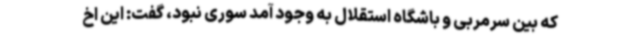
که بین سرمربی و باشگاه استقلال به وجود آمد سوری نبود، گفت: این اخ